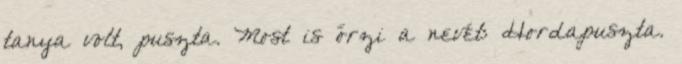
tanya volt, puszta. Most is őrzi a nevét: Hordapuszta.